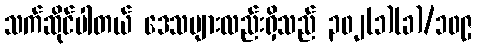
သက်ဆိုင်ပါတယ် ဒေသများလည်းရှိသည် ၃၀၂(၁)(ခ)/၁၀၉